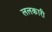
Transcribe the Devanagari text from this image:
ललकारी